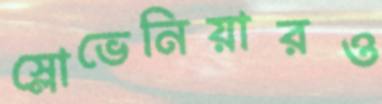
স্লোভেনিয়ারও